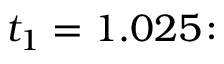
t _ { 1 } = 1 . 0 2 5 \colon